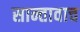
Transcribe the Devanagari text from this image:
सान्तावाच